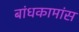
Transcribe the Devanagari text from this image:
बांधकामांस